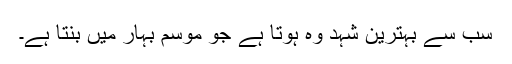
سب سے بہترین شہد وہ ہوتا ہے جو موسمِ بہار میں بنتا ہے۔